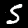
Label: 5